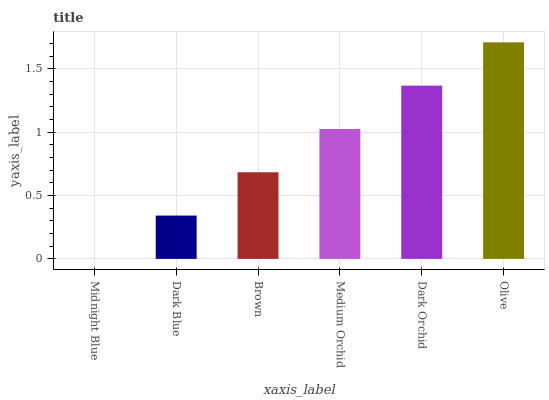
| xaxis_label | bars |
 | --- | --- |
 | Midnight Blue | 0 |
 | Dark Blue | 0.342 |
 | Brown | 0.684 |
 | Medium Orchid | 1.03 |
 | Dark Orchid | 1.37 |
 | Olive | 1.71 |